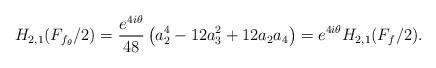
LaTeX: \begin{align*}H_{2,1}(F_{f_{\theta}}/2)=\frac{e^{4i\theta}}{48}\left(a^4_2 - 12 a^2_3 + 12 a_2 a_4\right)=e^{4i\theta}H_{2,1}(F_{f}/2).\end{align*}